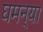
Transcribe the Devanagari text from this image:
घमन्या